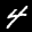
Label: 4